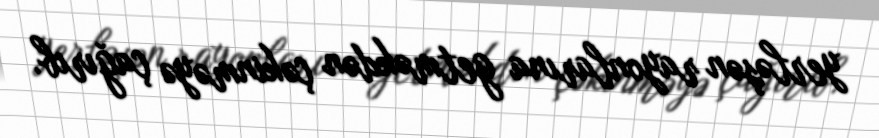
yerləşən rayonlarına getməkdən çəkinməyə çağırıb.